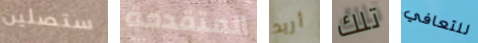
ستصلين المتقدمة أريد تلك للتعافي